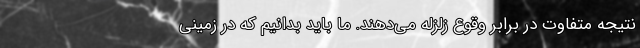
نتیجه متفاوت در برابر وقوع زلزله می‌دهند. ما باید بدانیم که در زمینی